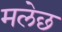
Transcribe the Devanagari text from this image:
मलेछ